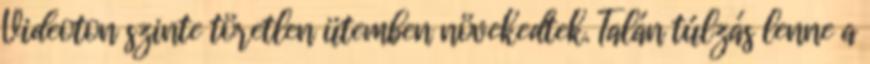
Videoton szinte töretlen ütemben növekedtek. Talán túlzás lenne a